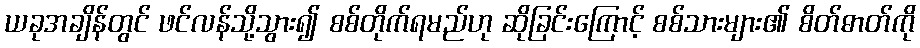
ယခုအချိန်တွင် ဖင်လန်သို့သွား၍ စစ်တိုက်ရမည်ဟု ဆိုခြင်းကြောင့် စစ်သားများ၏ စိတ်ဓာတ်ကို